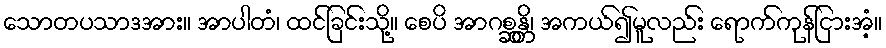
သောတပသာဒအား။ အာပါတံ၊ ထင်ခြင်းသို့။ စေပိ အာဂစ္ဆန္တိ၊ အကယ်၍မူလည်း ရောက်ကုန်ငြားအံ့။